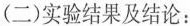
(二)实验结果及结论：